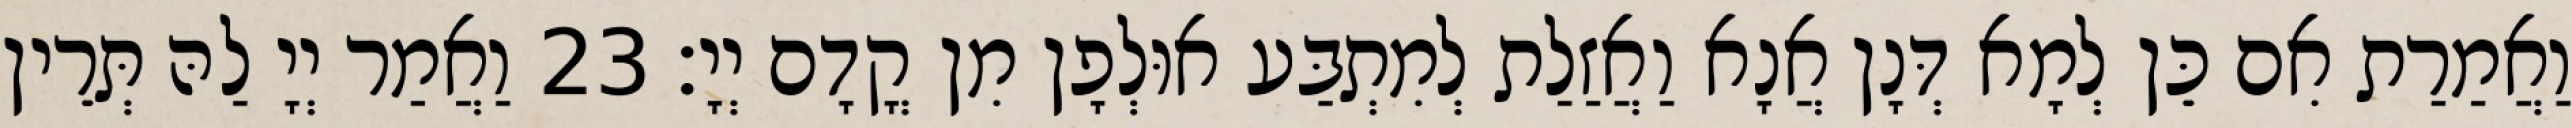
וַאֲמַרַת אִם כֵּן לְמָא דְּנָן אֲנָא וַאֲזַלַת לְמִתְבַּע אוּלְפָן מִן קֳדָם יְיָ׃ 23 וַאֲמַר יְיָ לַהּ תְּרֵין